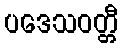
ပဒေသဝတ္တီ